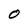
Character: 0